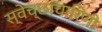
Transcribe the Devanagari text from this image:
स्वेच्छाचारिणी